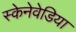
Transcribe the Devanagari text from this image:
स्केनेवेडिया